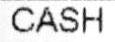
CASH